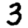
Digit: 3